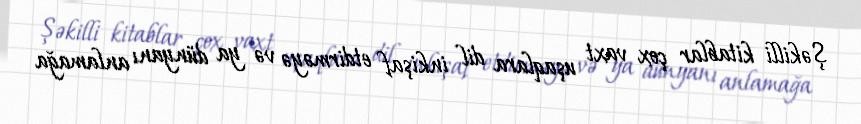
Şəkilli kitablar çox vaxt uşaqlara dil inkişaf etdirməyə və ya dünyanı anlamağa